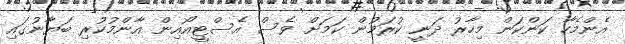
އެންމެހާ ކަންކަން މިހާރު ދަނީ ކުރަމުން ކަމަށް ވެސް އެސްޓީއޯއިން އާންމުކުރި ބަޔާނުގައި